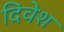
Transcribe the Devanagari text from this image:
दिवेश